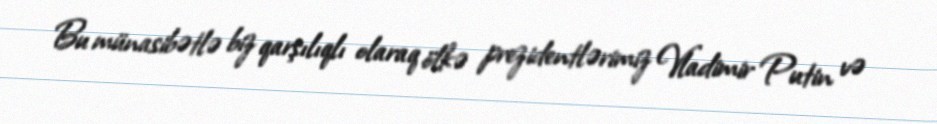
Bu münasibətlə biz qarşılıqlı olaraq ölkə prezidentlərimiz Vladimir Putin və